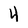
Character: 4